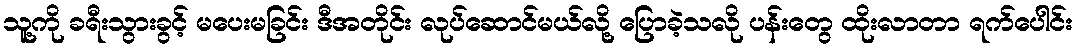
သူ့ကို ခရီးသွားခွင့် မပေးမခြင်း ဒီအတိုင်း လုပ်ဆောင်မယ်လို့ ပြောခဲ့သလို ပန်းတွေ ထိုးလာတာ ရက်ပေါင်း